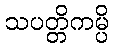
သပတ္တိကမ္ပိ